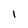
Character: I